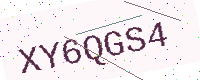
Text: XY6QGS4